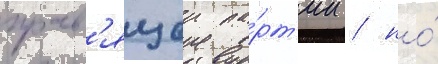
прав'ящеи па́рт'ии / но́